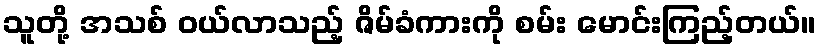
သူတို့ အသစ် ဝယ်လာသည့် ဇိမ်ခံကားကို စမ်း မောင်းကြည့်တယ်။